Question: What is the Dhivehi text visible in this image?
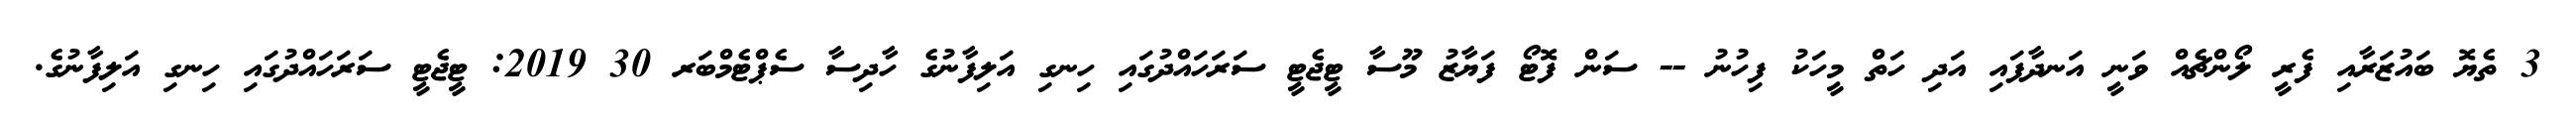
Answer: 3 ތެޔޮ ބައުޒަރާއި ފެރީ ލޯންޗެއް ވަނީ އަނދާފައި އަދި ހަތް މީހަކު ފިހުނު -- ސަން ފޮޓޯ ފަޔާޒު މޫސާ ޓީޖެޓީ ސަރަހައްދުގައި ހިނގި އަލިފާނުގެ ހާދިސާ ސެޕްޓެމްބަރ 30 2019: ޓީޖެޓީ ސަރަހައްދުގައި ހިނގި އަލިފާނުގެ.